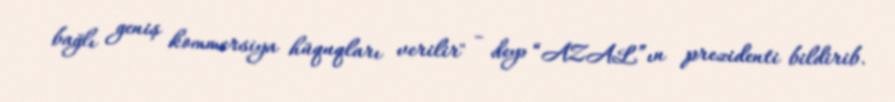
bağlı geniş kommersiya hüquqları verilir" - deyə “AZAL”ın prezidenti bildirib.